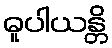
ဓူပါယန္တိ